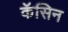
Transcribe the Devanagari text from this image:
कॅसिन